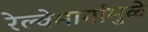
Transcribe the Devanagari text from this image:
रेल्वेमार्गांमुळे